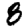
Digit: 8